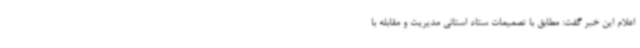
اعلام این خبر گفت: مطابق با تصمیمات ستاد استانی مدیریت و مقابله با